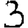
Digit: 3